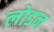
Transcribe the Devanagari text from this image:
लोडन